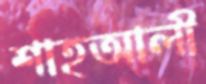
শাহআলী